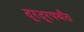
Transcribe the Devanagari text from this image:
दूरदूरपर्यंत